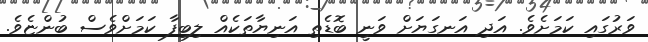
ވަރުގައި ކަމަށެވެ. އަދި އަނގަޔަށް ވަނީ ބޮޑެތި އަނިޔާތަކެއް ލިބިފާ ކަމަށްވެސް ބުންޏެވެ.